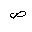
Letter: _sad